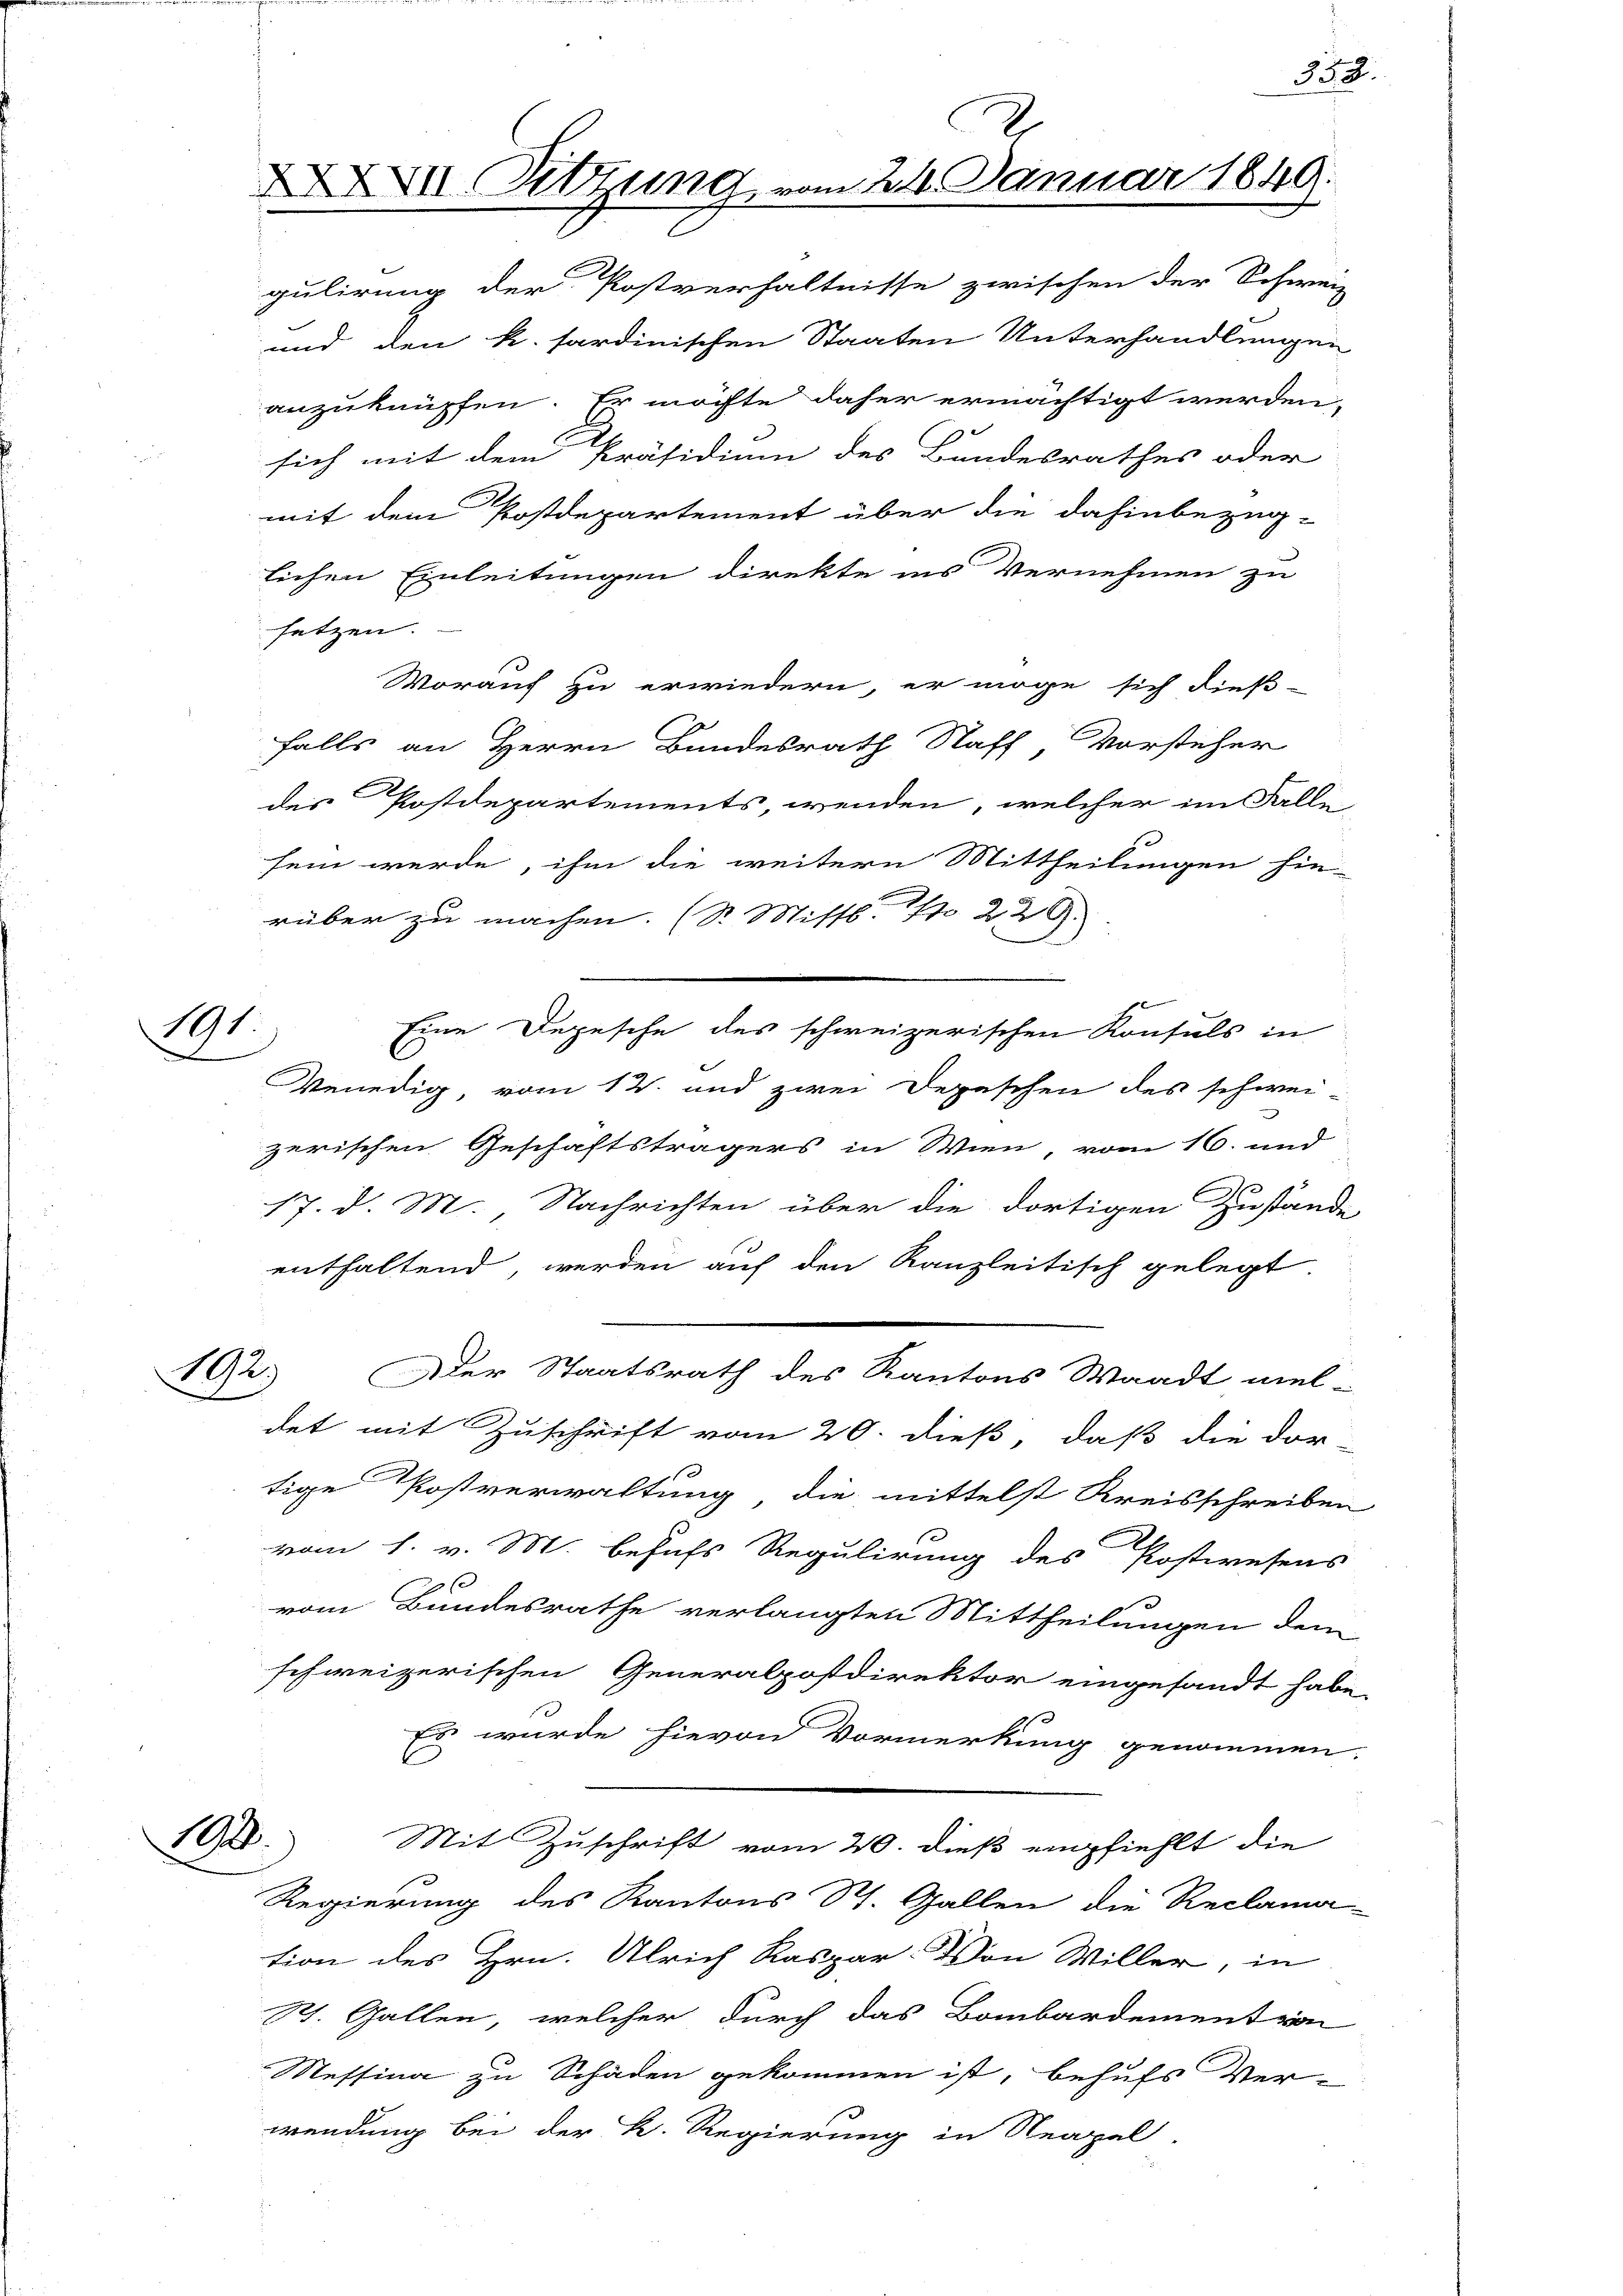
191.

2.
XXVII. Setzung vom 24. Januar 1849.

gulirung der Postverhältnisse zwischen der Schweiz
und den k. sardinischen Staaten Unterhandlungen
anzuknüpfen. Es möchte daher ermächtigt werden,
sich mit dem Präsidium des Bundesrathes oder
mit dem Postdepartement über die dahinbezüg-
lichen Einleitungen direkte ins Vernehmen zu
setzen.
Worauf zu erwiedern, er möge sich dießd
falls an Herrn Bundesrath Staff Vorsteher
des Postdepartements, wenden, welcher im Falle
sein werde, ihm die weitern Mittheilungen hie
rüber zu machen. (S. Mittl. 1 229.
Eine Depesche des schweizerischen Konsuls in
Venedig, vom 12. und zwei Depeschen des schwei-
zerischen Geschäftsträgers in Wien, vom 16. und
17. d. M. Nachrichten über die dortigen Zustande
enthaltend werden auf den Kanzleitisch gelegt.
192
Der Staatsrath des Kantons Waadt viel-
det mit Zuschrift vom 20. dieß, daß die dor
tige Postverwaltung die mittelst Kreisschreiben
vom 1. v. M. behufs Regulirung des Postwesens
vom Bundesrathe verlangten Mittheilungen dem
schweizerischen Generalpostdirektor eingesandt habe.
Es wurde hievon Vormerkung genommen.
8. Mit Zuschrift vom 20. dieß empfiehlt die
Regierung des Kantons St. Gallen die Reclama-
tion des Hrn. Ulrich Kaspar. Von Willer, in
St. Gallen, welcher durch das Bombardement von
Messina zu Schaden gekommen ist, behufs Ver-
wendung bei der K. Regierung in Neapel-

358.